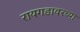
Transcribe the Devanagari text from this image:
रायगडावरच्या